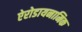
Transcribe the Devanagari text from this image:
ऐरोडायनामिक